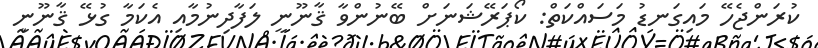
ކުރަންޖެހޭ މައިގަނޑު މަސައްކަތް: ކޯޕަރޭޝަނަށް ބޭނުންވާ ޤާނޫނީ ލަފާދިނުމާއި އެކަމާ ގުޅޭ ޤާނޫނީ